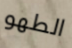
الطهو